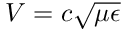
V = c \sqrt { \mu \epsilon }